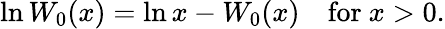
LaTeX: \ln W_{0}(x)=\ln x-W_{0}(x)\quad{\mathrm{for~}}x>0.